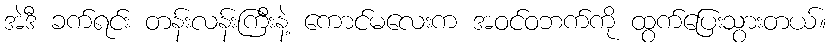
အဲဒီ ခက်ရင်း တန်းလန်းကြီးနဲ့ ကောင်မလေးက အဝင်ဝဘက်ကို ထွက်ပြေးသွားတယ်။